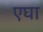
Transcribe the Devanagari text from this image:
एघा